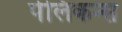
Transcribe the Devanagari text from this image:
पेलिकन्स